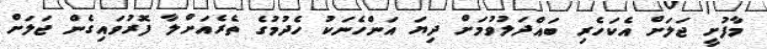
މާފުށީ ޖަލަށް އެކަހެރި ބައްދަލުވުމަށް ދިޔަ އަންހެނަކު ހެދުމުގެ ތެރެއަށްލާ ފޮރުވައިގެން ޖަލަށް